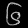
Digit: ၆